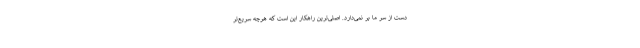
دست از سر ما بر نمی‌دارد. اصلی‌ترین راهکار این است که هرچه سریع‌تر